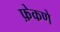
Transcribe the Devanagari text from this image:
फ़ेकणे